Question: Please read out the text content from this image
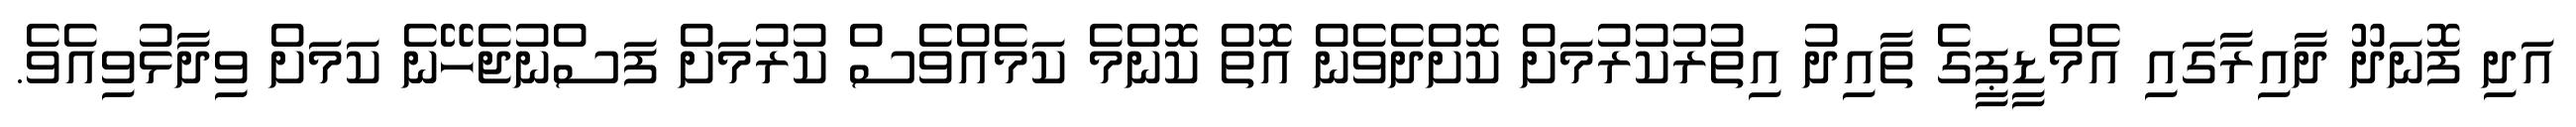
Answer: އަދި ފޮނަދޫ ދާއިރާގައި އެމްޑީޕީގެ ތާއިދު އިތުރުކުރުމަށް ކޮށްދެވެން އޮތް ކޮންމެ ކަމެއްވެސް ކުރުމަށް ފަސްނުޖެހޭނެ ކަމަށް ވިދާޅުވިއެވެ.